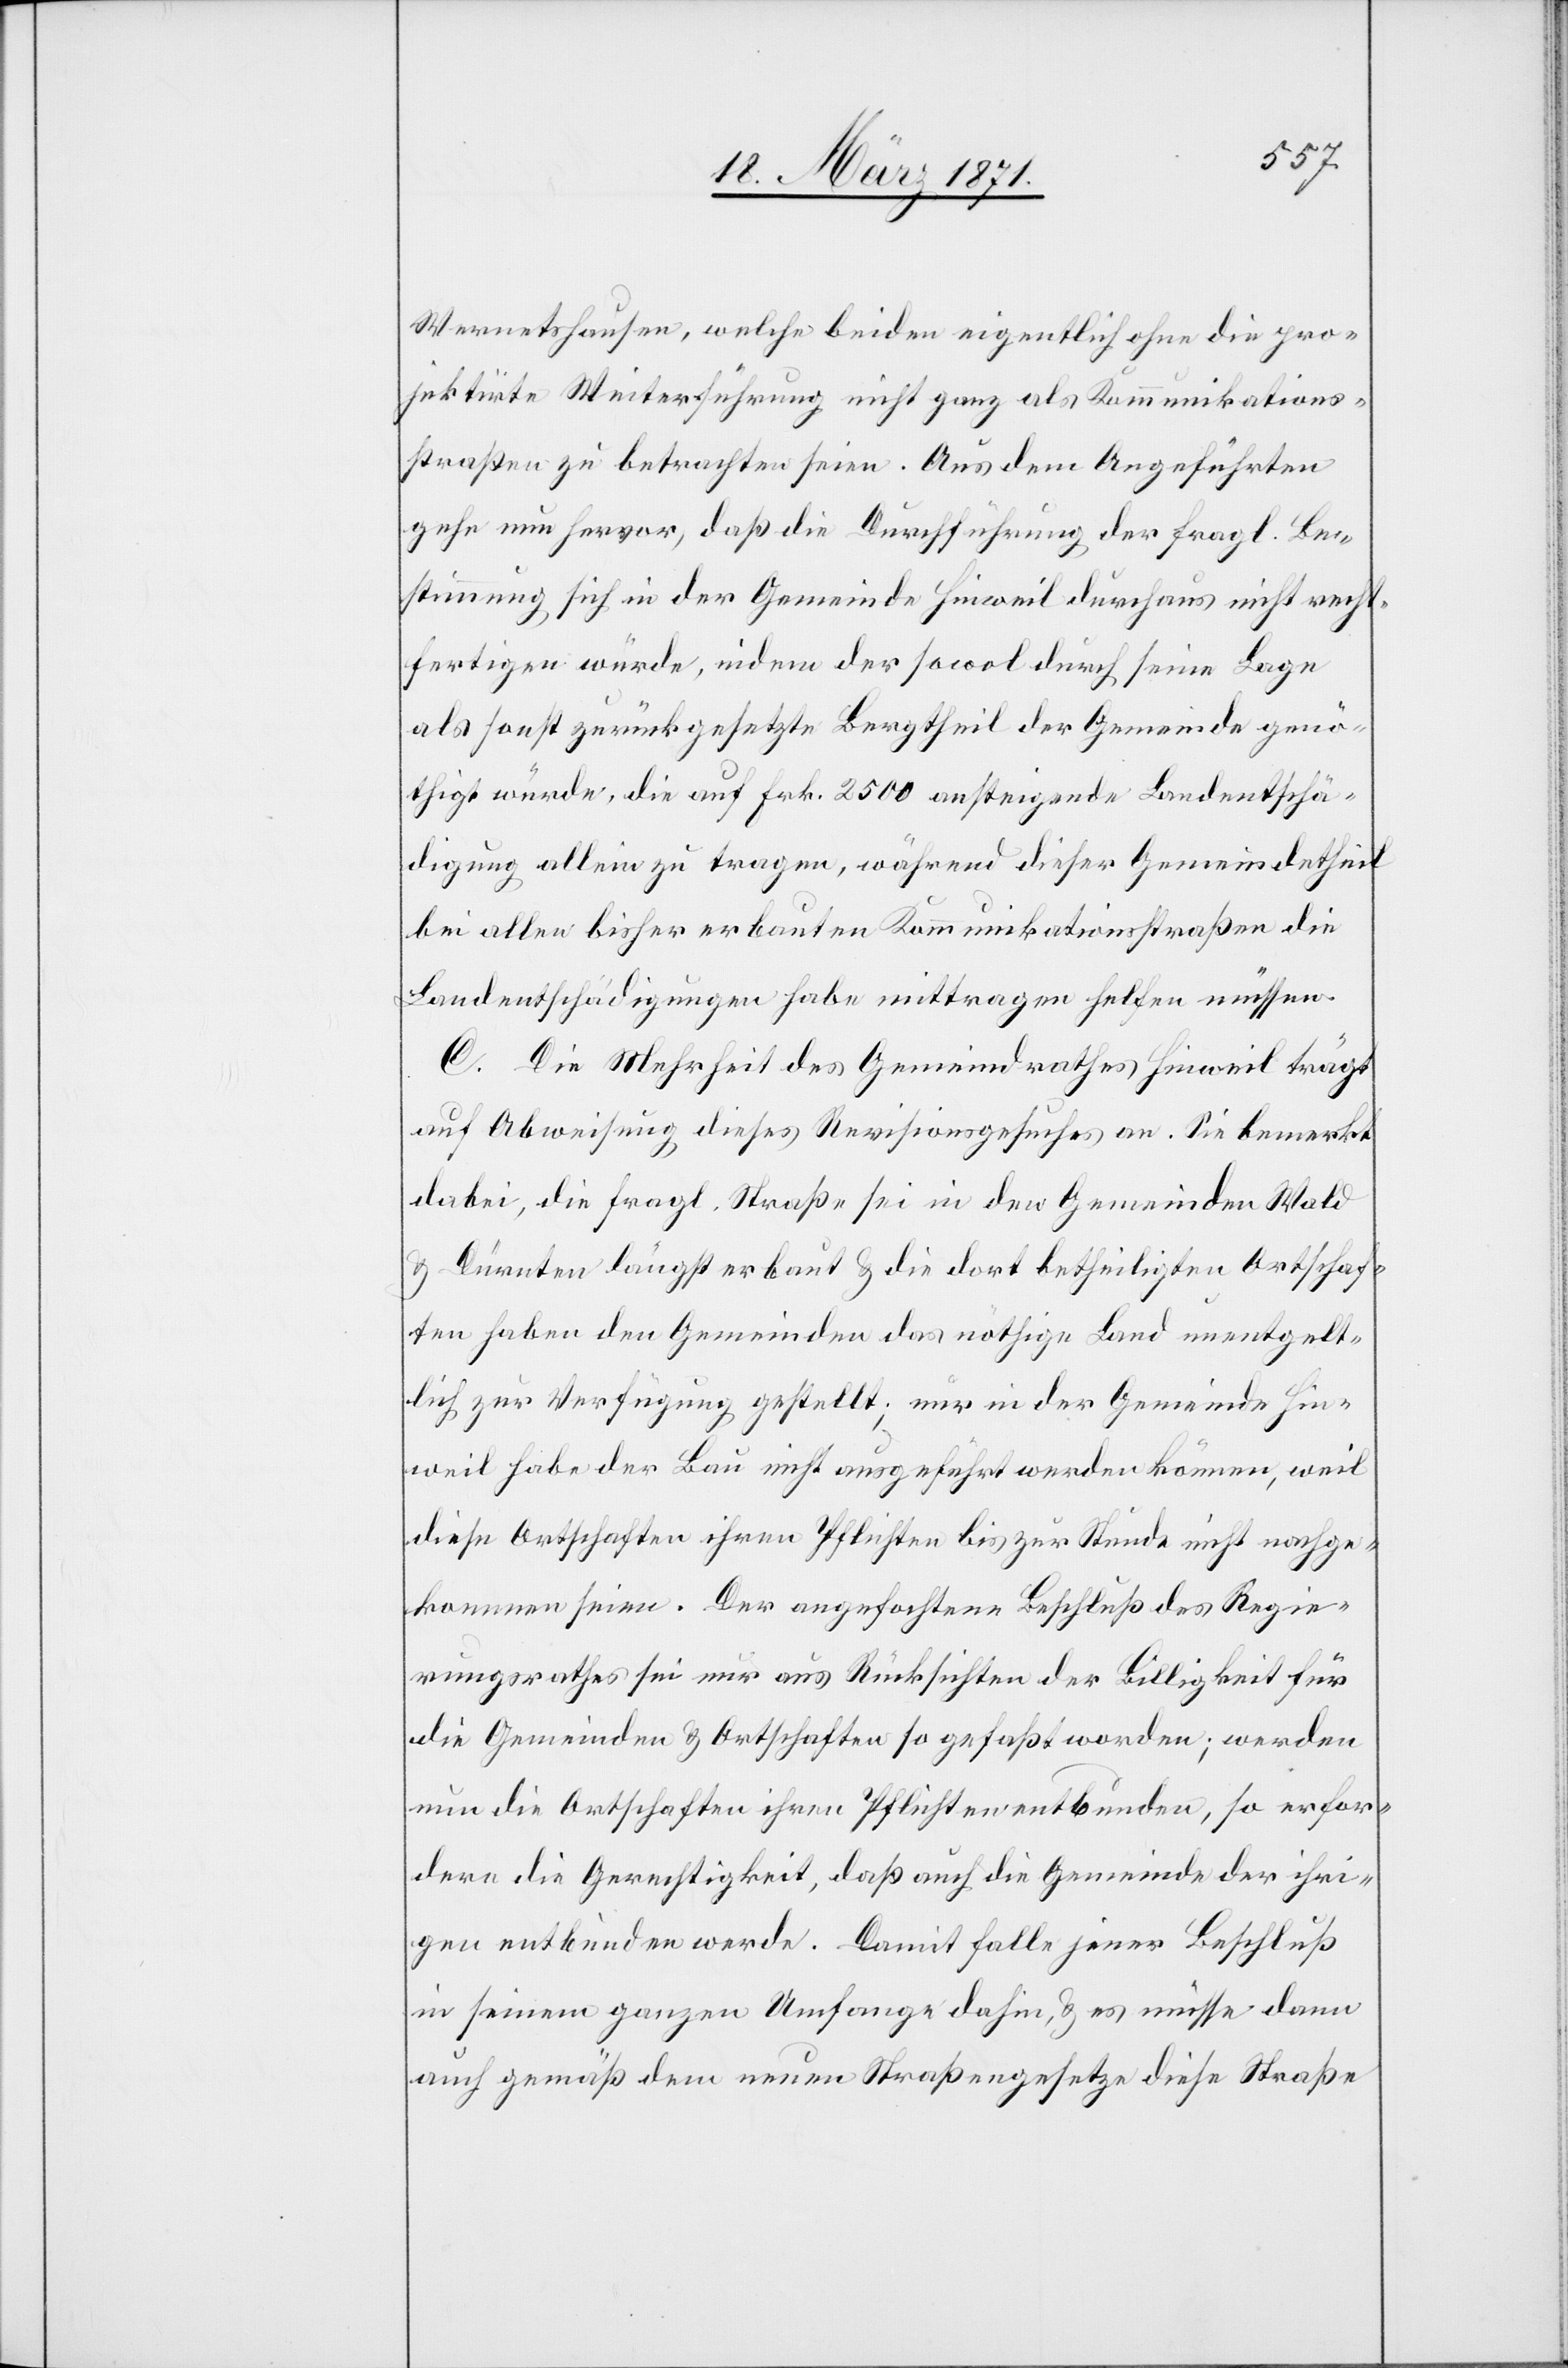
Wernetshausen, welche beiden eigentlich ohne die pro¬
jektirte Weiterführung nicht ganz als Kommunikations¬
straßen zu betrachten seien. Aus dem Angeführten
gehe nun hervor, daß die Durchführung der fragl. Be¬
stimmung sich in der Gemeinde Hinweil durchaus nicht recht¬
fertigen würde, indem der sowol durch seine Lage
als sonst zurückgesetzte Bergtheil der Gemeinde genö¬
thigt würde, die auf Frk. 2500 ansteigende Landentschä¬
digung allein zu tragen, während dieser Gemeindetheil
bei allen bisher erbauten Kommunikationsstraßen die
Landentschädigungen habe mittragen helfen müssen.
C. Die Mehrheit des Gemeindrathes Hinweil trägt
auf Abweisung dieses Revisionsgesuches an. Sie bemerkt
dabei, die fragl. Straße sei in den Gemeinden Wald
u. Dürnten längst erbaut u. die dort betheiligten Ortschaf¬
ten haben den Gemeinden das nöthige Land unentgelt¬
lich zur Verfügung gestellt; nur in der Gemeinde Hin¬
weil habe der Bau nicht ausgeführt werden können, weil
diese Ortschaften ihren Pflichten bis zur Stunde nicht nachge¬
kommen seien. Der angefochtene Beschluß des Regie¬
rungsrathes sei nur aus Rücksichten der Billigkeit für
die Gemeinden u. Ortschaften so gefaßt worden; werden
nun die Ortschaften ihren Pflichten entbunden, so erfor¬
dere die Gerechtigkeit, daß auch die Gemeinde der ihri¬
gen entbunden werde. Damit falle jener Beschluß
in seinem ganzen Umfange dahin, u. es müsse dann
auch gemäß dem neuen Straßengesetze diese Straße